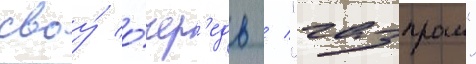
своу́ о́чер'едь / "газпром"